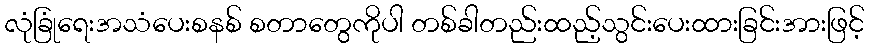
လုံခြုံရေးအသံပေးစနစ် စတာတွေကိုပါ တစ်ခါတည်းထည့်သွင်းပေးထားခြင်းအားဖြင့်